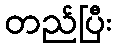
တည်ပြီး